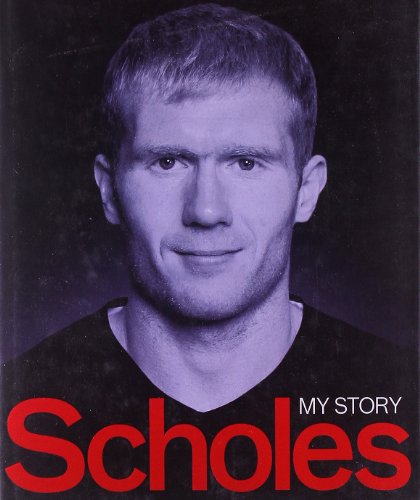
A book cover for Scholes: My Story (MUFC); Paul Scholes; Biographies & Memoirs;